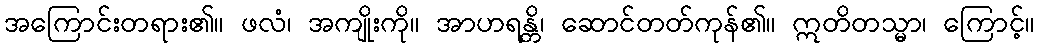
အကြောင်းတရား၏။ ဖလံ၊ အကျိုးကို။ အာဟရန္တိ၊ ဆောင်တတ်ကုန်၏။ ဣတိတသ္မာ၊ ကြောင့်။